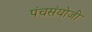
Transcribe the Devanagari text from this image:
पंचसंयोजी